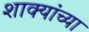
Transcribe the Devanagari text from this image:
शाक्यांच्या